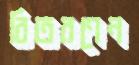
বিতরণেন